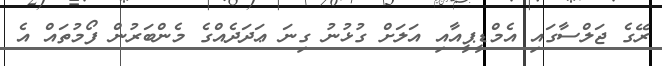
ރޭގެ ޖަލްސާގައި އެމްޑީޕީއާއި އަލަށް ގުޅުނު ގިނަ ޢަދަދެއްގެ މެންބަރުން ފޯމުތައް އެ